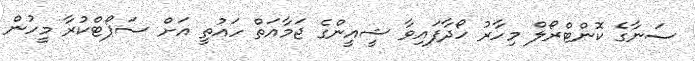
ސަނާގެ ކޮންޓްރޯލް މިހާރު ހޯދާފައިވާ ޝީއީންގެ ޖަމާއަތް ހައުތީ އަށް ސަޕޯޓްކުރާ މީހުން